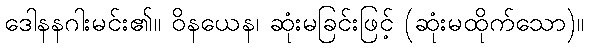
ဒေါနနဂါးမင်း၏။ ဝိနယေန၊ ဆုံးမခြင်းဖြင့် (ဆုံးမထိုက်သော)။